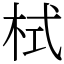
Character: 栻